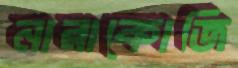
নারাকোজি